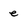
Character: e